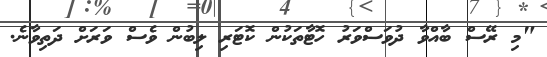
"މި ރޭސް ބާއްވާ ދުވަސްވަރު ހޮޓާތަކުން ކޮޓަރި ލިބުން ވެސް ވަރަށް ދަތިވާނެ.